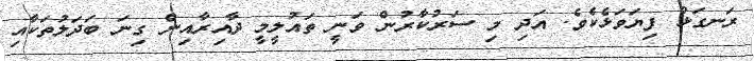
ރަނގަޅު ފިޔަވަޅެކެވެ. އަދި މި ސަރުކާރުން ވަނީ ތައުލީމީ ދާއިރާއިން ގިނަ ބަދަލުތަކާއި